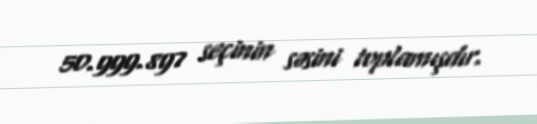
50.999.897 seçinin səsini toplamışdır.